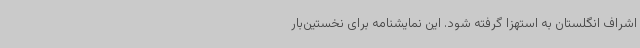
اشراف انگلستان به استهزا گرفته شود. این نمایشنامه برای نخستین‌بار